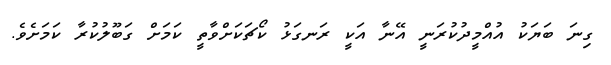
ގިނަ ބަޔަކު އުއްމީދުކުރަނީ އޭނާ އަކީ ރަނގަޅު ކޯޗަކަށްވާތީ ކަމަށް ގަބޫލުކުރާ ކަމަށެވެ.